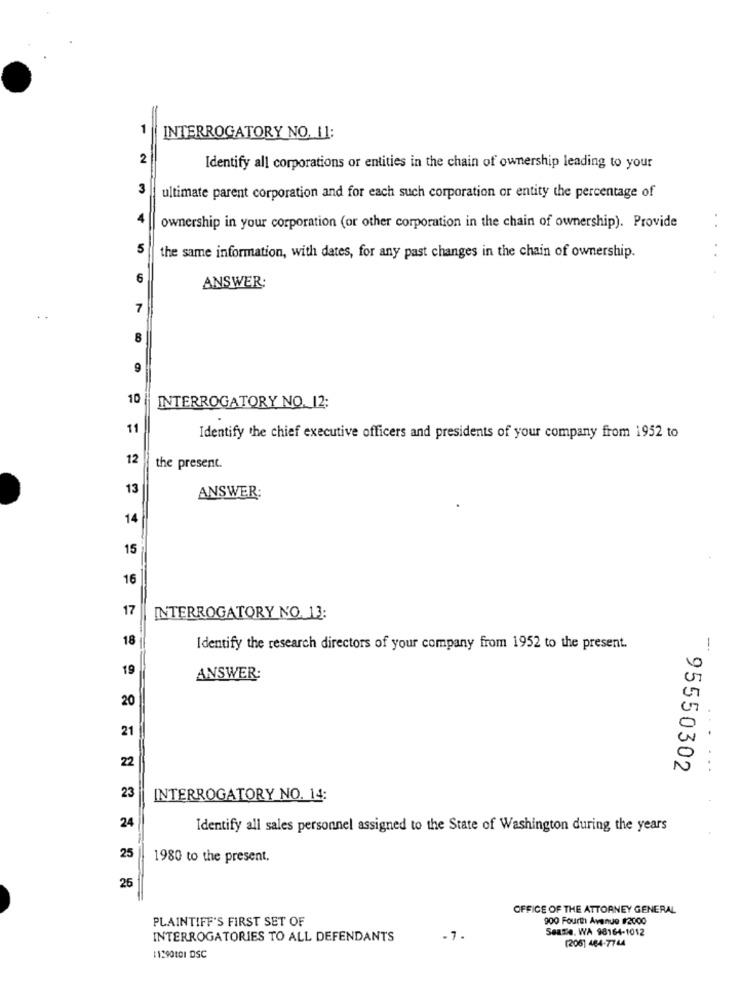
1
INTERROGATORY NO. 11:
2
Identify all corporations or entities in the chain of ownership leading to your
3
ultimate parent corporation and for each such corporation or entity the percentage of
ownership in your corporation (or other corporation in the chain of ownership). Provide
5
the same information, with dates, for any past changes in the chain of ownership.
6
ANSWER:
7
..
8
9
10
INTERROGATORY NO. 12:
11
Identify the chief executive officers and presidents of your company from 1952 to
12
the present.
13
ANSWER:
14
15
16
17
INTERROGATORY NO. 13:
18
Identify the research directors of your company from 1952 to the present.
-.
19
0
ANSWER:
20
0
21
22
95550302
23
INTERROGATORY NO. 14:
24
Identify all sales personnel assigned to the State of Washington during the years
25
1980 to the present.
25
OFFICE OF THE ATTORNEY GENERAL
PLAINTIFF'S FIRST SET OF
900 Fourth Avenue #2000
Seasie, WA 98164-1012
INTERROGATORIES TO ALL DEFENDANTS
-7.
(206) 464-7744
11390101 DSC